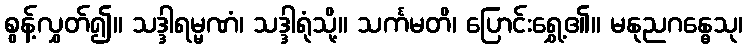
စွန့်လွှတ်၍။ သဒ္ဒါရမ္မဏံ၊ သဒ္ဒါရုံသို့။ သင်္ကမတိ၊ ပြောင်းရွှေ့၏။ မနုညဂန္ဓေသု၊